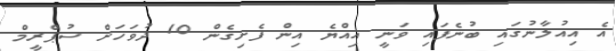
އެ އިއުލާނުގައި ބުނެފައި ވަނީ އިއްޔެ އިން ފެށިގެން 10 ދުވަހަށް ސުޕްރީމް